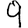
Digit: 9